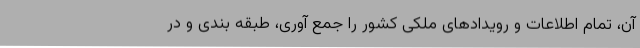
آن، تمام اطلاعات و رویدادهای ملکی کشور را جمع آوری، طبقه بندی و در